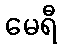
မေရီ